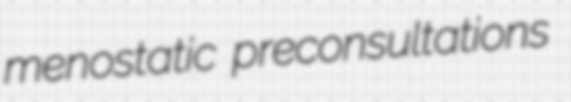
menostatic preconsultations